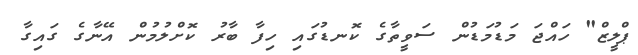
ޕްލީޒް" ހައްޖަ މަޑުމަޑުން ސަވީތާގެ ކޮނޑުގައި ހިފާ ބާރު ކޮށްލުމުން އޭނާގެ ގައިގާ